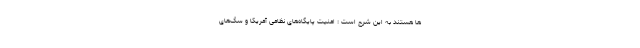
ها هستند به این شرح است : امنیت پایگاه‌های نظامی آمریکا و سگ‌های